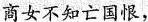
商女不知亡国恨，